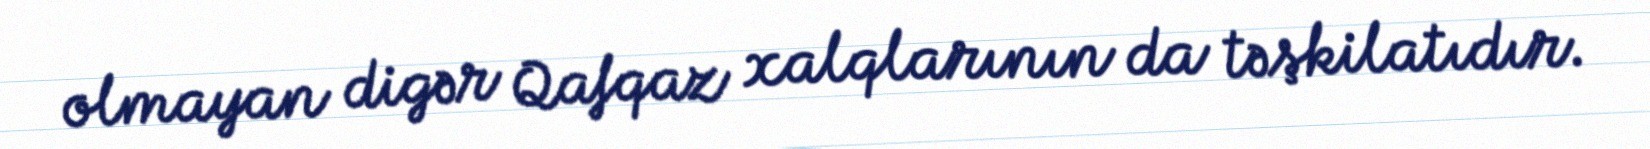
olmayan digər Qafqaz xalqlarının da təşkilatıdır.